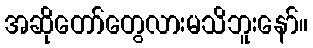
အဆိုတော်တွေလားမသိဘူးနော်။